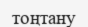
тоңтану